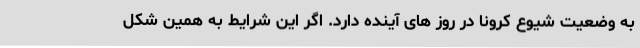
به وضعیت شیوع کرونا در روز های آینده دارد. اگر این شرایط به همین شکل